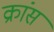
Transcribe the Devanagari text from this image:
क्रांस